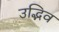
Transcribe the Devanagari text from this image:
उद्भिव